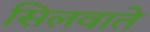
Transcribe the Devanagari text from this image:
सिलवाते